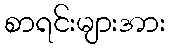
စာရင်းများအား